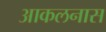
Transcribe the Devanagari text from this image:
आकलनास